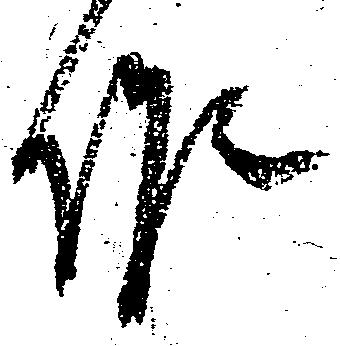
候